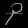
Digit: ၃